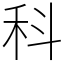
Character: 科